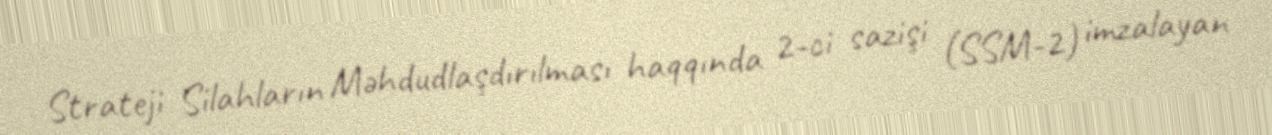
Strateji Silahların Məhdudlaşdırılması haqqında 2-ci sazişi (SSM-2) imzalayan